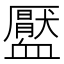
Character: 𧗖